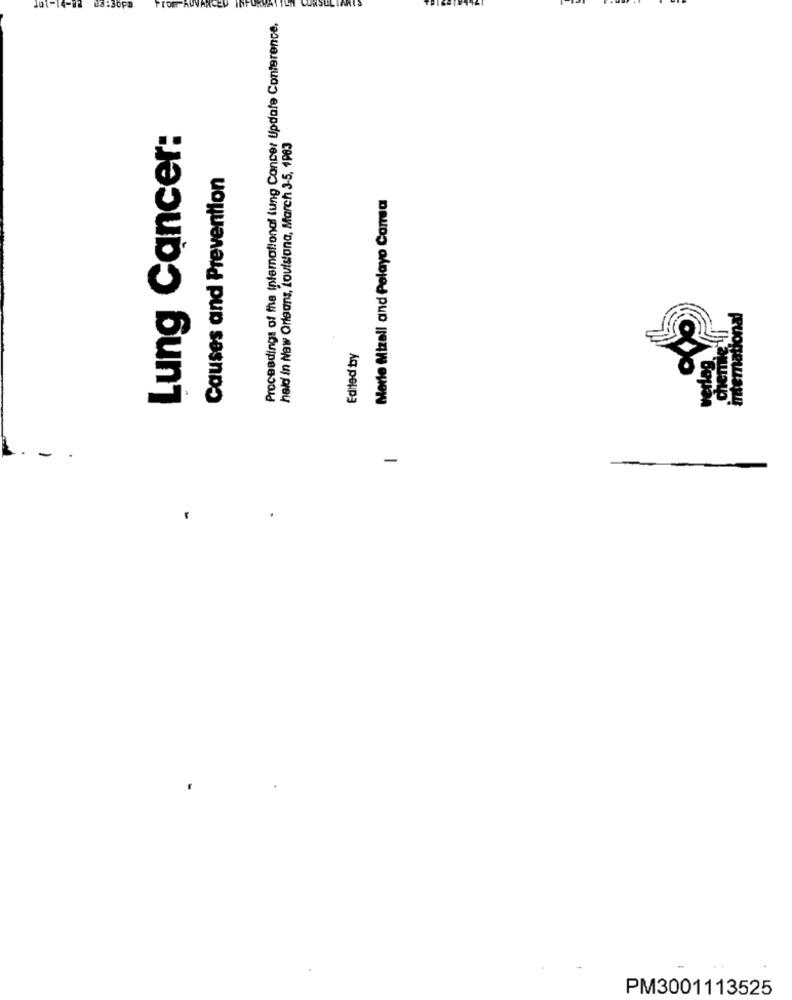
PrOF RUVANCED INFORMATY
Proceedings of the intemational lung Cancer Update Conference.
Lung Cancer:
held in New Orleans, Louisiana, March 3-5, 1983
Causes and Prevention
Mete Mizall and Pelayo Comea
Themnational
cenne
Edited by
erlag
-
-
PM3001113525